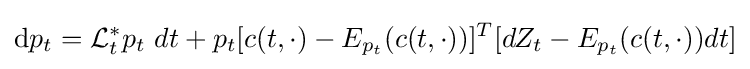
\mathrm {d} p_{t}={\cal {L}}_{t}^{*}p_{t}\ dt+p_{t}[c(t,\cdot )-E_{p_{t}}(c(t,\cdot ))]^{T}[dZ_{t}-E_{p_{t}}(c(t,\cdot ))dt]